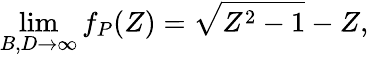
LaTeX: \operatorname*{lim}_{B,D\to\infty}f_{P}(Z)=\sqrt{Z^{2}-1}-Z,